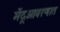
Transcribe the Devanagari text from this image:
मेंदूआवरणात